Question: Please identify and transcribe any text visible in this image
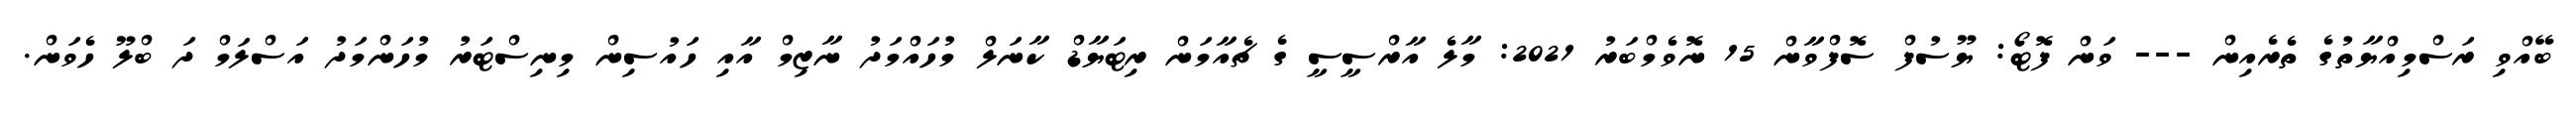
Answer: ބޭއްވި ރަސްމިއްޔާތުގެ ތެރެއިން --- ވަން ފޮޓޯ: ޔޫސުފް ސޮފްވާން 15 ނޮވެމްބަރު 2021: މާލެ އާރްސީސީ ގެ ޗެއާމަން ރިޓަޔާޑް ކާނަލް މުހައްމަދު ނާޒިމް އާއި ހައުސިން މިނިސްޓަރު މުހަންމަދު އަސްލަމް ދަ ބްލޫ ހެވަން.